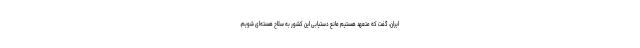
ایران، گفت که متعهد هستیم مانع دستیابی این کشور به سلاح هسته‌ای شویم.